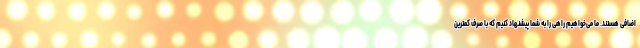
اضافی هستند. ما می‌خواهیم راهی را به شما پیشنهاد کنیم که با صرف کمترین